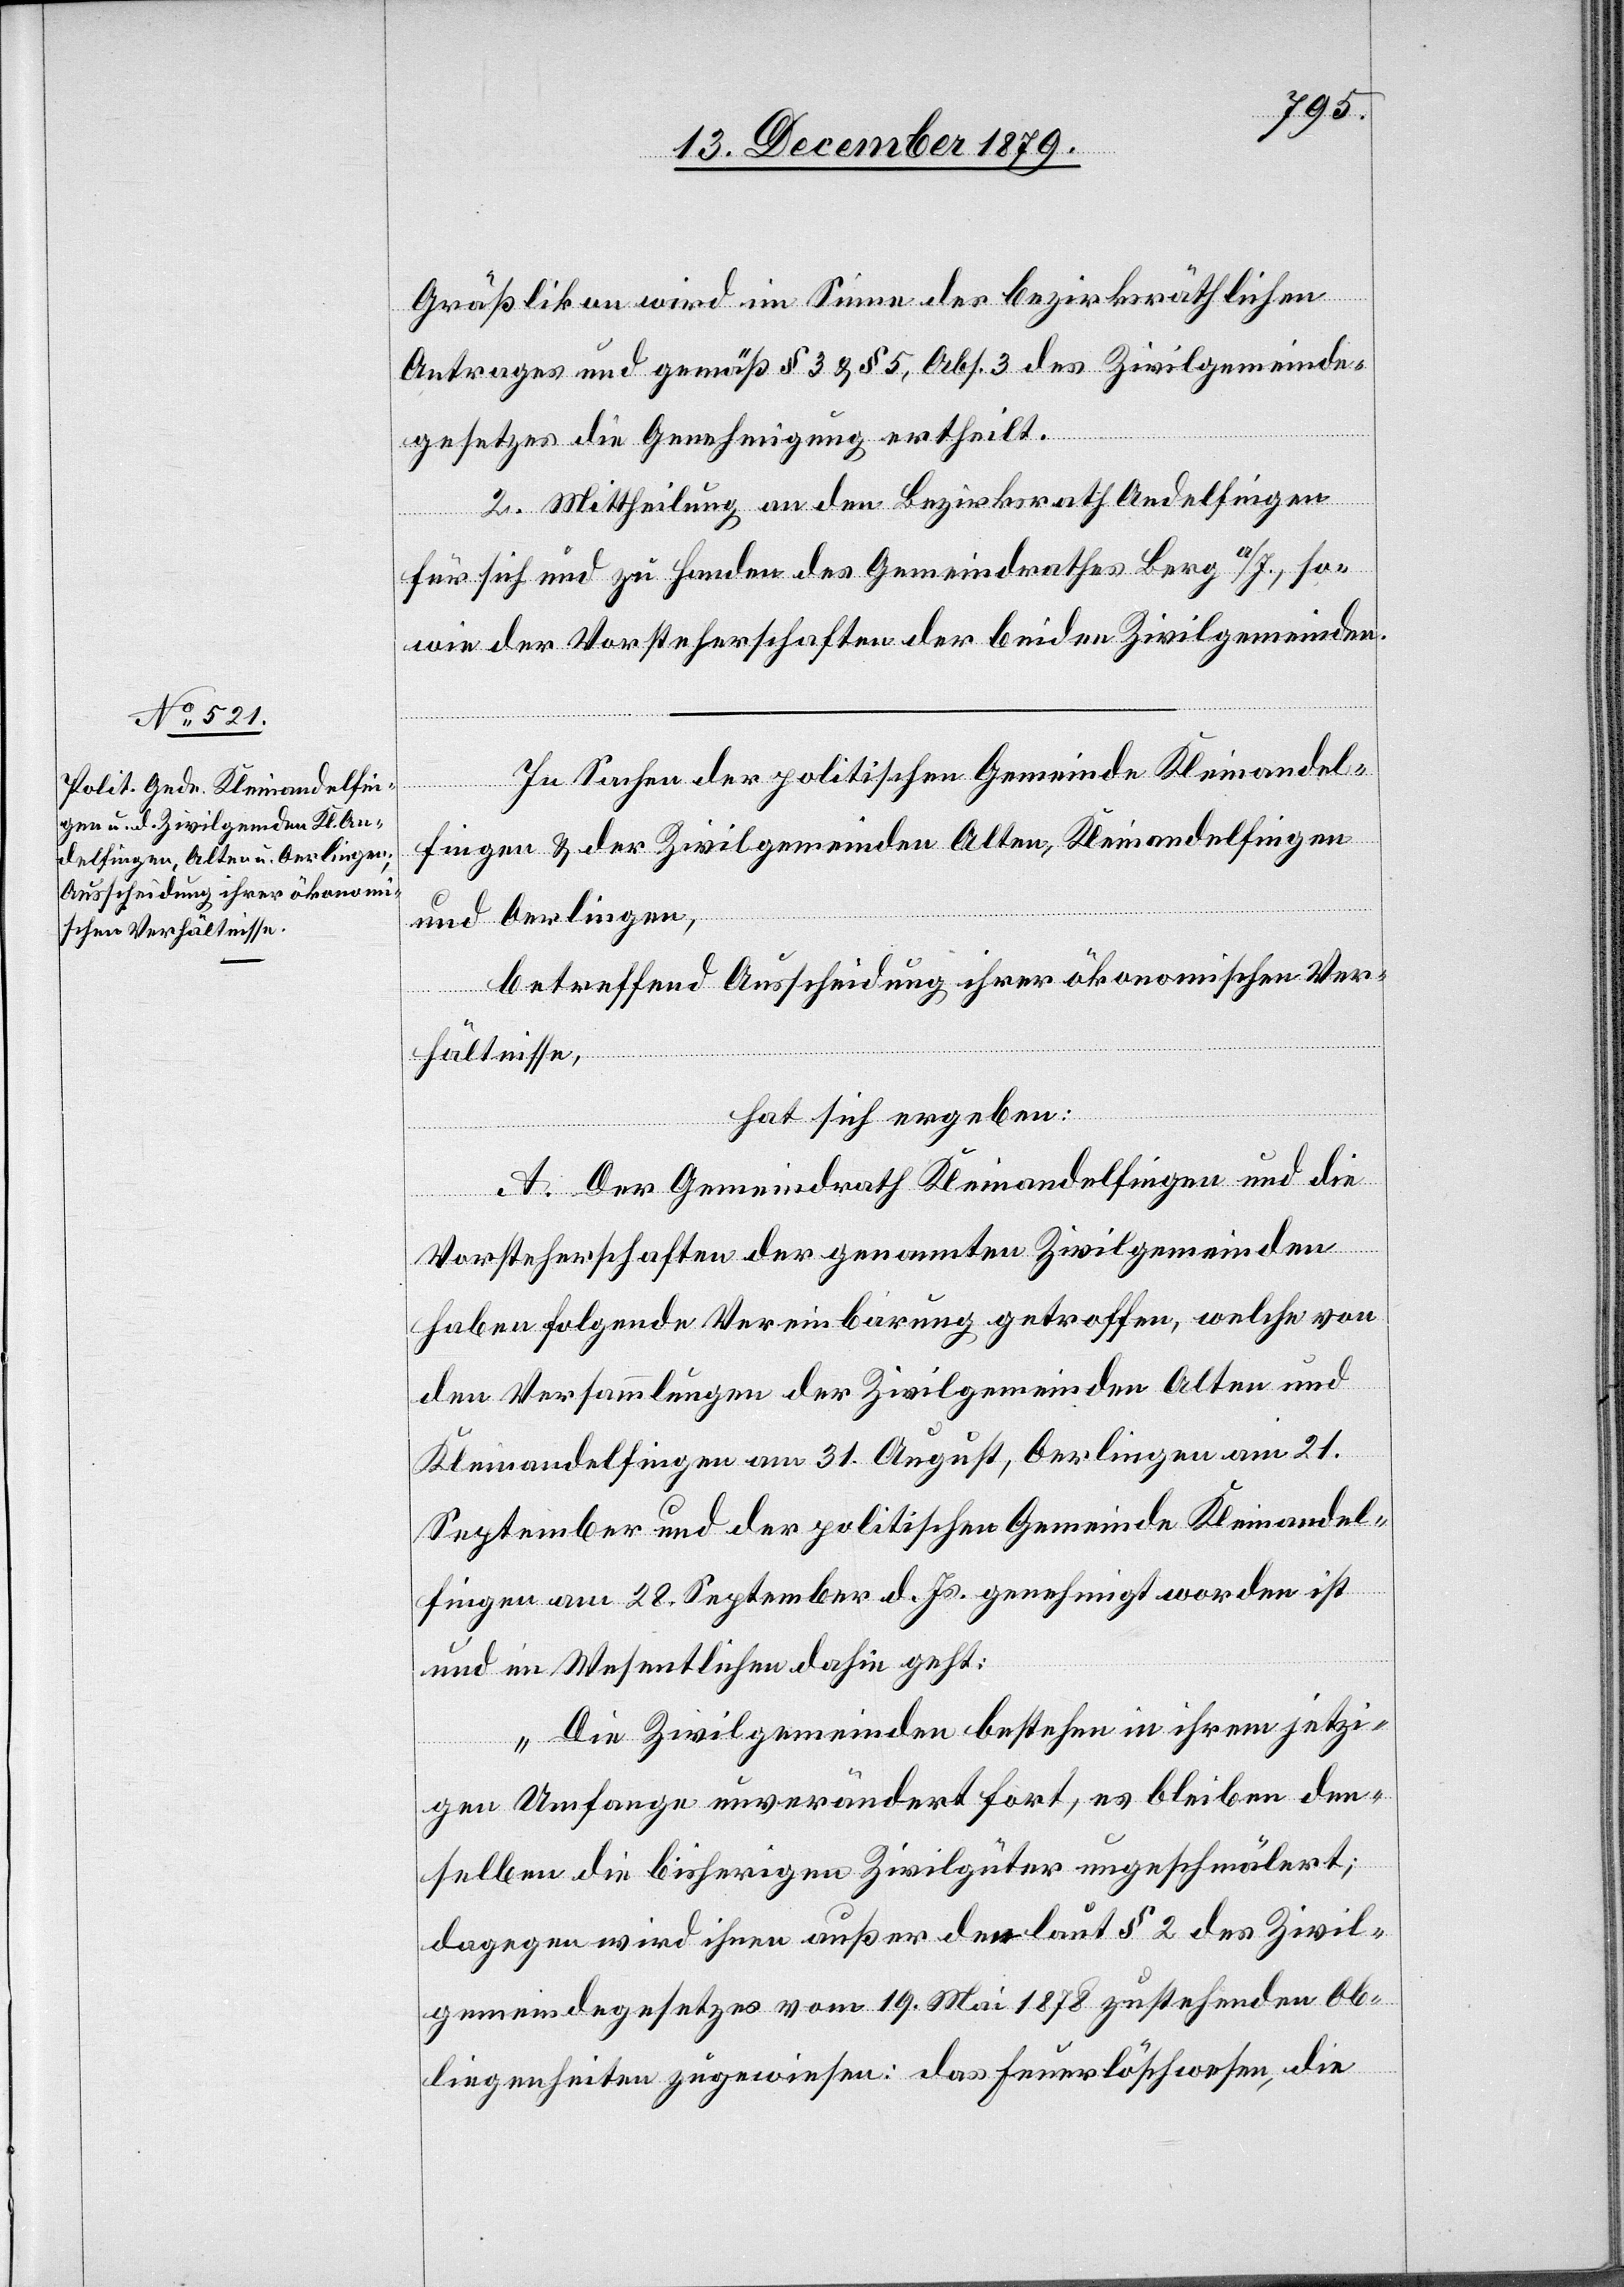
Gräßlikon wird im Sinne des bezirksräthlichen
Antrags und gemäß § 3 & § 5, Abs. 3 des Zivilgemeinde¬
gesetzes die Genehmigung ertheilt.
2. Mittheilung an den Bezirksrath Andelfingen
für sich und zu Handen des Gemeindrathes Berg a/I., so¬
wie der Vorsteherschaften der beiden Zivilgemeinden.
In Sachen der politischen Gemeinde Kleinandel¬
fingen & der Zivilgemeinden Alten, Kleinandelfingen
und Oerlingen,
betreffend Ausscheidung ihrer ökonomischen Ver¬
hältnisse,
hat sich ergeben:
A. Der Gemeindrath Kleinandelfingen und die
Vorsteherschaften der genannten Zivilgemeinden
haben folgende Vereinbarung getroffen, welche von
den Versammlungen der Zivilgemeinden Alten und
Kleinandelfingen am 31. August, Oerlingen am 21.
September und der politischen Gemeinde Kleinandel¬
fingen am 28. September d. Js. genehmigt worden ist
und im Wesentlichen dahin geht:
„Die Zivilgemeinden bestehen in ihrem jetzi¬
gen Umfange unverändert fort, es bleiben den¬
selben die bisherigen Zivilgüter ungeschmälert;
dagegen wird ihren außer den laut § 2 des Zivil¬
gemeindegesetzes vom 19. Mai 1878 zustehenden Ob¬
liegenheiten zugewiesen: das Feuerlöschwesen, die